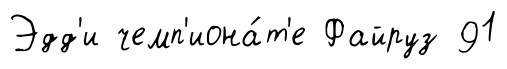
Эдд'и чемп'иона́т'е Файруз 91